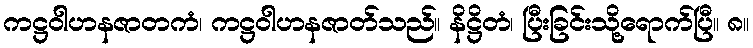
ကဋ္ဌဝါဟနဇာတကံ၊ ကဋ္ဌဝါဟနဇာတ်သည်။ နိဋ္ဌိတံ၊ ပြီးခြင်းသို့ရောက်ပြီ။ ၈။